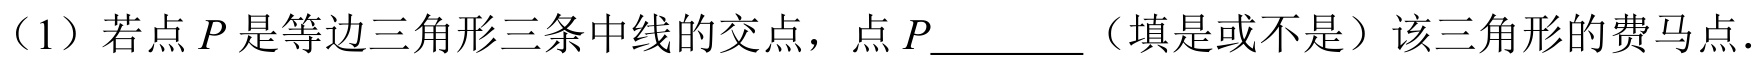
（1）若点\(P\)是等边三角形三条中线的交点，点\(P\)_______（填是或不是）该三角形的费马点.